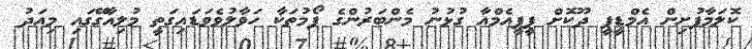
ކޮލަމާފުށިން އެމްޑީޕީ ދޫކޮށް ޕީޕީއެމްއާ ގުޅުނު މެންބަރުންގެ ފޯމުތަކާ ހަވާލުވެވަޑައިގަތީ މުލިއާގޭގައި މިއަދު